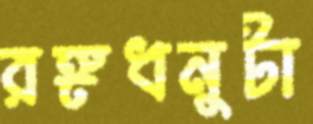
রঙ্গধনুটা